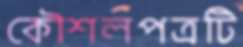
কৌশলপত্রটি